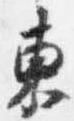
東